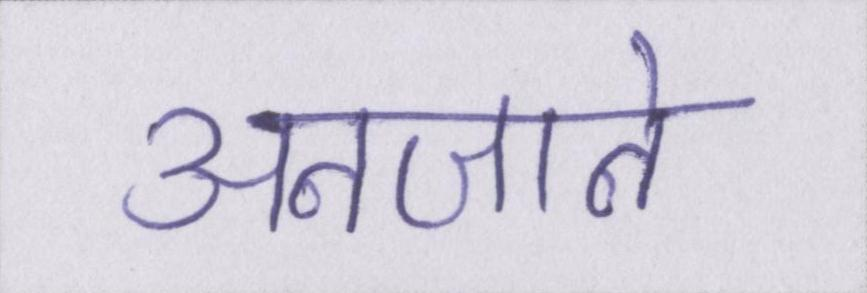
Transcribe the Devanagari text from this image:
अनजाने